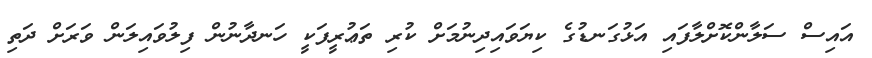
އައިސް ސަލާންކޮށްލާފައި އަޅުގަނޑުގެ ކިޔަވައިދިނުމަށް ކުރި ތަޢުރީފަކީ ހަނދާނުން ފިލުވައިލަން ވަރަށް ދަތި